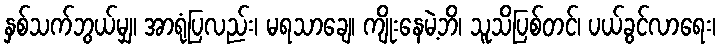
နှစ်သက်ဘွယ်မျှ၊ အာရုံပြလည်း၊ မရသာချေ၊ ကျိုးနေမဲ့ဘိ၊ သူသိပြစ်တင်၊ ပယ်ခွင်လာရေး၊